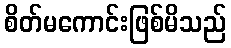
စိတ်မကောင်းဖြစ်မိသည်